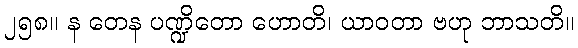
၂၅၈။ န တေန ပဏ္ဍိတော ဟောတိ၊ ယာဝတာ ဗဟု ဘာသတိ။